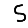
Digit: 5